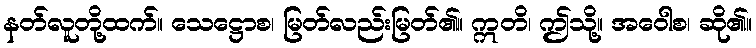
နတ်လူတို့ထက်။ သေဋ္ဌောစ၊ မြတ်လည်းမြတ်၏။ ဣတိ၊ ဤသို့။ အဝေါစ၊ ဆို၏။